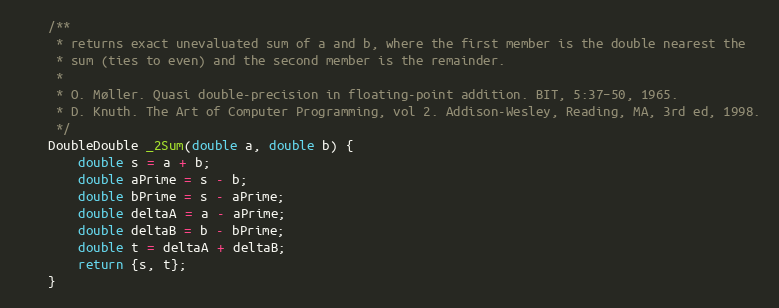
Language: C
    /**
     * returns exact unevaluated sum of a and b, where the first member is the double nearest the
     * sum (ties to even) and the second member is the remainder.
     *
     * O. Møller. Quasi double-precision in floating-point addition. BIT, 5:37–50, 1965.
     * D. Knuth. The Art of Computer Programming, vol 2. Addison-Wesley, Reading, MA, 3rd ed, 1998.
     */
    DoubleDouble _2Sum(double a, double b) {
        double s = a + b;
        double aPrime = s - b;
        double bPrime = s - aPrime;
        double deltaA = a - aPrime;
        double deltaB = b - bPrime;
        double t = deltaA + deltaB;
        return {s, t};
    }